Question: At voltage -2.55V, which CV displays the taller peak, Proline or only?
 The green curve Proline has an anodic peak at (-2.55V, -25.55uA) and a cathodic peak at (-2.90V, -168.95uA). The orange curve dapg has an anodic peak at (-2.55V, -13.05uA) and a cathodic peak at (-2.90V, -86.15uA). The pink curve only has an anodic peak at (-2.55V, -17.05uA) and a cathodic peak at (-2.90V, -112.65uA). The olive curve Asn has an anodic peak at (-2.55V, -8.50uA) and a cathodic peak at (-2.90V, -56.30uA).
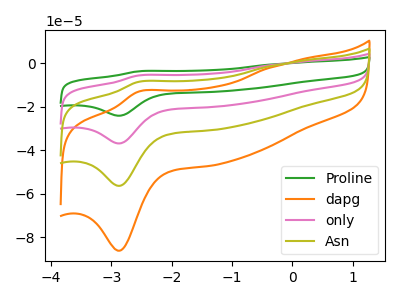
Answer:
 <answer>The peak at -2.55V is lower in "Proline" than in "only".</answer>
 <eval>lower</eval>